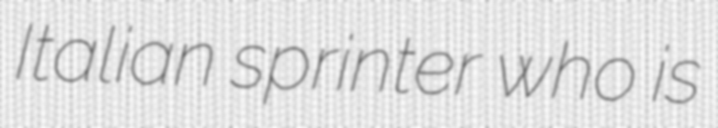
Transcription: Italian sprinter who is